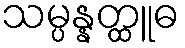
သမ္ပန္နတ္ထူဓ